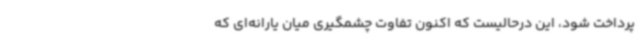
پرداخت شود، این درحالیست که اکنون تفاوت چشمگیری میان یارانه‌ای که